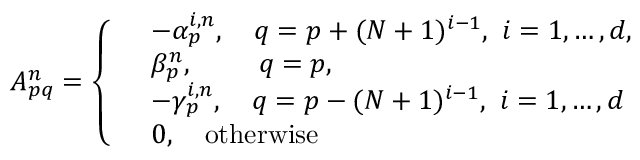
\begin{array} { r } { A _ { p q } ^ { n } = \left\{ \begin{array} { l l } & { - \alpha _ { p } ^ { i , n } , \quad q = p + ( N + 1 ) ^ { i - 1 } , \, \, i = 1 , \dots , d , } \\ & { \beta _ { p } ^ { n } , \quad \quad \, \, q = p , } \\ & { - \gamma _ { p } ^ { i , n } , \quad q = p - ( N + 1 ) ^ { i - 1 } , \, \, i = 1 , \dots , d } \\ & { 0 , \quad \mathrm { o t h e r w i s e } } \end{array} \right. } \end{array}